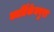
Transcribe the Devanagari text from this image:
कार्तिकेयपुरा